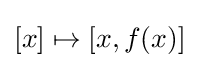
[x]\mapsto [x,f(x)]